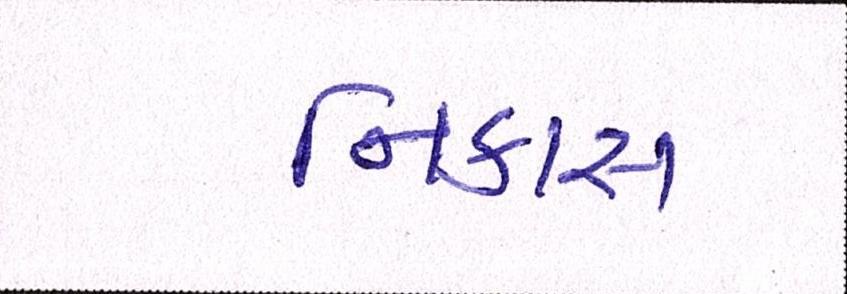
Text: નિકાસ